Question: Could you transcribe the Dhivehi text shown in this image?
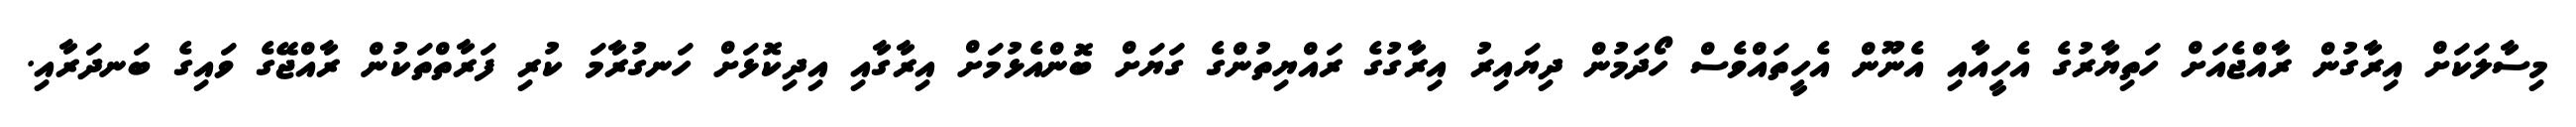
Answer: މިސާލަކަށް އިރާގުން ރާއްޖެއަށް ހަތިޔާރުގެ އެހީއާއި އެނޫން އެހީތައްވެސް ހޯދަމުން ދިޔައިރު އިރާގުގެ ރައްޔިތުންގެ ގަޔަށް ބޮންއެޅުމަށް އިރާގާއި އިދިކޮޅަށް ހަނގުރާމަ ކުރި ފަރާތްތަކުން ރާއްޖޭގެ ވައިގެ ބަނދަރާއި.